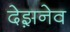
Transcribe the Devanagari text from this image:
देझ़नेव